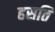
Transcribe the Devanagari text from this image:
हसति